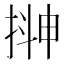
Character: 𭡮